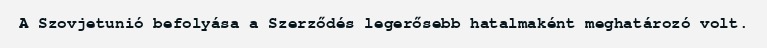
A Szovjetunió befolyása a Szerződés legerősebb hatalmaként meghatározó volt.